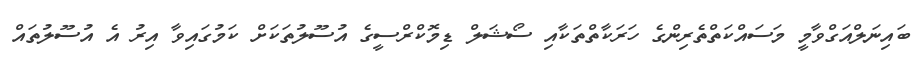
ބައިނަލްއަގްވާމީ މަސައްކަތްތެރިންގެ ހަރަކާތްތަކާއި ސޯޝަލް ޑިމޮކްރްސީގެ އުސޫލުތަކަށް ކަމުގައިވާ އިރު އެ އުސޫލުތައް